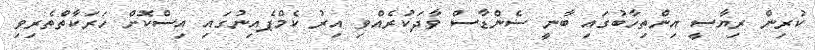
ކުރިން ރިޔާސީ އިންތިހާބުގައި ބާނީ ސެންޑާސް ވާދަކުރެއްވި އިރު ކެމްޕެއިނުގަައި އިސްކޮށް ހަރަކާތްތެރިވި